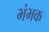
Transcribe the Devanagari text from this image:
भंभक